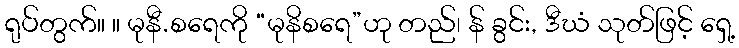
ရုပ်တွက်။ ။ မုနီ.စရေကို “မုနိစရေ”ဟု တည်၊ န် ခွင်း, ဒီဃံ သုတ်ဖြင့် ရှေ့